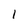
Character: 1